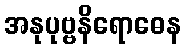
အနုပုဗ္ဗနိရောဓေန